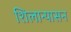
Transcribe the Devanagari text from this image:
शिलान्यासन